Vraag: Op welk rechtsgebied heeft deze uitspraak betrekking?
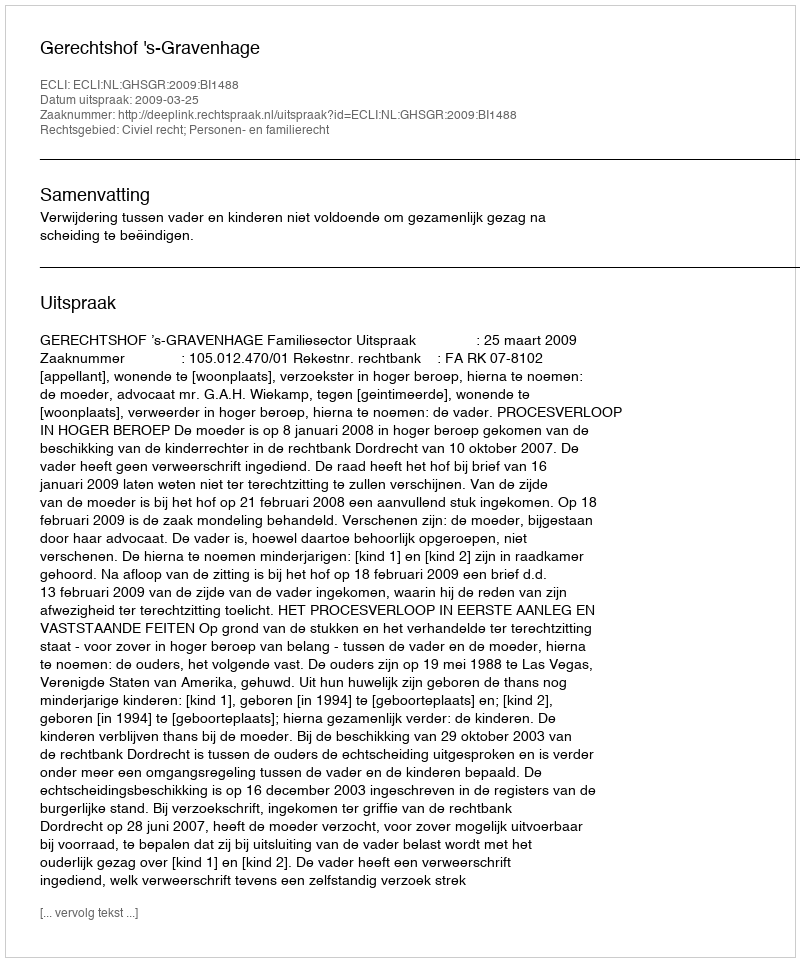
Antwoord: Civiel recht; Personen- en familierecht